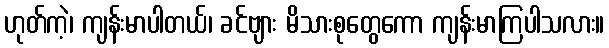
ဟုတ်ကဲ့၊ ကျန်းမာပါတယ်၊ ခင်ဗျား မိသားစုတွေကော ကျန်းမာကြပါသလား။